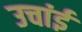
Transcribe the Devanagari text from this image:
उचांई